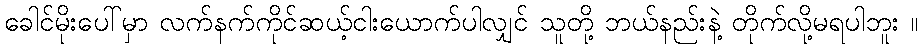
ခေါင်မိုးပေါ်မှာ လက်နက်ကိုင်ဆယ့်ငါးယောက်ပါလျှင် သူတို့ ဘယ်နည်းနဲ့ တိုက်လို့မရပါဘူး ။